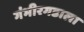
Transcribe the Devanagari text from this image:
गंभीरगडाला